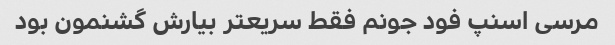
مرسی اسنپ فود جونم فقط سریعتر بیارش گشنمون بود